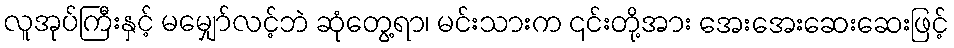
လူအုပ်ကြီးနှင့် မမျှော်လင့်ဘဲ ဆုံတွေ့ရာ၊ မင်းသားက ၎င်းတို့အား အေးအေးဆေးဆေးဖြင့်